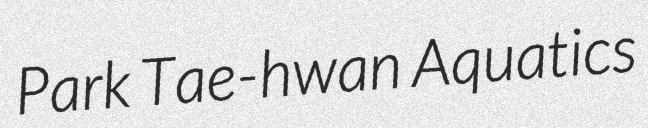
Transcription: Park Tae-hwan Aquatics